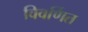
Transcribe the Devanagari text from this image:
विवर्णित